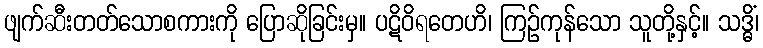
ဖျက်ဆီးတတ်သောစကားကို ပြောဆိုခြင်းမှ။ ပဋိဝိရတေဟိ၊ ကြဉ်ကုန်သော သူတို့နှင့်။ သဒ္ဓိံ၊